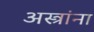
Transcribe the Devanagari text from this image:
अस्त्रांना